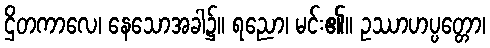
ဌိတကာလေ၊ နေသောအခါ၌။ ရညော၊ မင်း၏။ ဥဿာဟပ္ပတ္တော၊